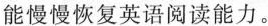
能慢慢恢复英语阅读能力